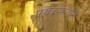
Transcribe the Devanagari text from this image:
पञ्चद्रविणौंमे